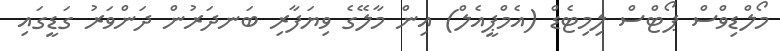
މޯލްޑިވްސް ޕޯޓްސް ލިމިޓެޑް (އެމްޕީއެލް) އިން މާލޭގެ ވިޔަފާރި ބަނދަރުން ދަންވަރު ގަޑީގައި